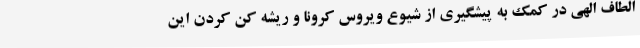
الطاف الهی در کمک به پیشگیری از شیوع ویروس کرونا و ریشه کن کردن این